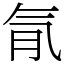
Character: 𣱙